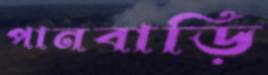
পানবাড়ি